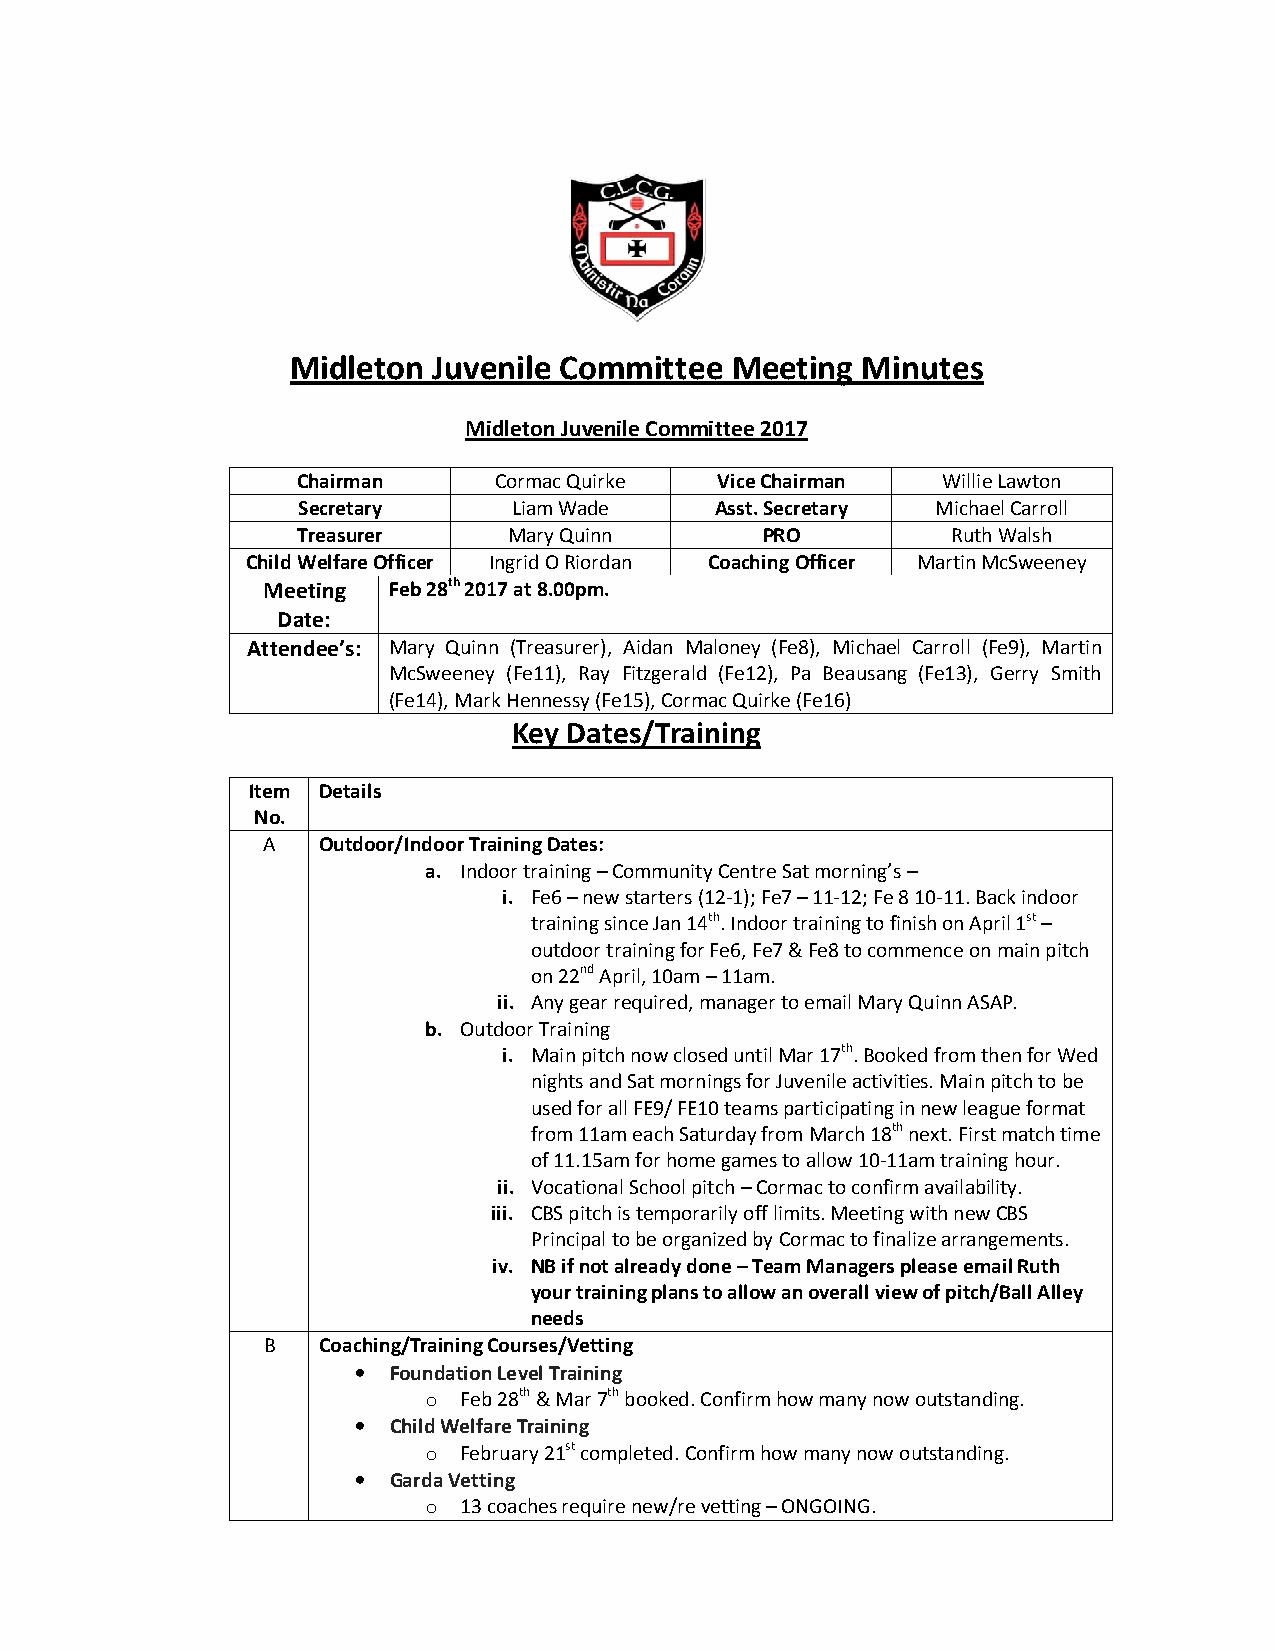
Midleton  Juvenile Committee Meeting  Minutes
 Midleton Juvenile Committee 2017
 Chairman     Cormac Quirke  Vice Chairman Willie Lawton
 Secretary     Liam Wade    Asst. Secretary Michael Carroll
 Treasurer     Mary Quinn       PRO         Ruth Walsh
 Child Welfare Officer Ingrid O Riordan Coaching Officer Martin McSweeney
 Meeting  Feb 28th 2017 at 8.00pm.
 Date:
 Attendee’s: Mary Quinn (Treasurer), Aidan Maloney (Fe8), Michael Carroll (Fe9), Martin
 McSweeney (Fe11), Ray Fitzgerald (Fe12), Pa Beausang (Fe13), Gerry Smith
 (Fe14), Mark Hennessy (Fe15), Cormac Quirke (Fe16)
 Key Dates/Training
 Item Details
 No.
 A   Outdoor/Indoor Training Dates:
 a. Indoor training – Community Centre Sat morning’s –
 i. Fe6 – new starters (12-1); Fe7 – 11-12; Fe 8 10-11. Back indoor
 training since Jan 14th. Indoor training to finish on April 1st –
 outdoor training for Fe6, Fe7 & Fe8 to commence on main pitch
 on 22nd April, 10am – 11am.
 ii. Any gear required, manager to email Mary Quinn ASAP.
 b. Outdoor Training
 i. Main pitch now closed until Mar 17th. Booked from then for Wed
 nights and Sat mornings for Juvenile activities. Main pitch to be
 used for all FE9/ FE10 teams participating in new league format
 from 11am each Saturday from March 18th next. First match time
 of 11.15am for home games to allow 10-11am training hour.
 ii. Vocational School pitch – Cormac to confirm availability.
 iii. CBS pitch is temporarily off limits. Meeting with new CBS
 Principal to be organized by Cormac to finalize arrangements.
 iv. NB if not already done – Team Managers please email Ruth
 your training plans to allow an overall view of pitch/Ball Alley
 needs
 B   Coaching/Training Courses/Vetting
 • Foundation Level Training
 o Feb 28th & Mar 7th booked. Confirm how many now outstanding.
 • Child Welfare Training
 o February 21st completed. Confirm how many now outstanding.
 • Garda Vetting
 o 13 coaches require new/re vetting – ONGOING.